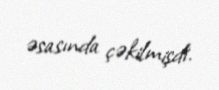
əsasında çəkilmişdi.